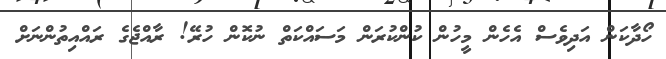
ހޯދާކަން އަދިވެސް އެހެން މީހުން ކުންކުރަން މަސައްކަތް ނުކޮން ހުރޭ! ރާއްޖެގެ ރައްއިތުންނަށް